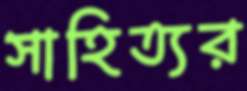
সাহিত্যর